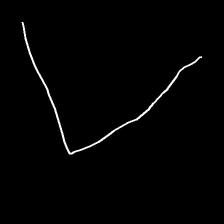
Glyph: region